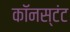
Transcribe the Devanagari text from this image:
कॉनस्टंट